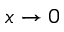
x \rightarrow 0